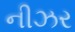
નીઝર